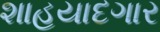
શાહયાદગાર